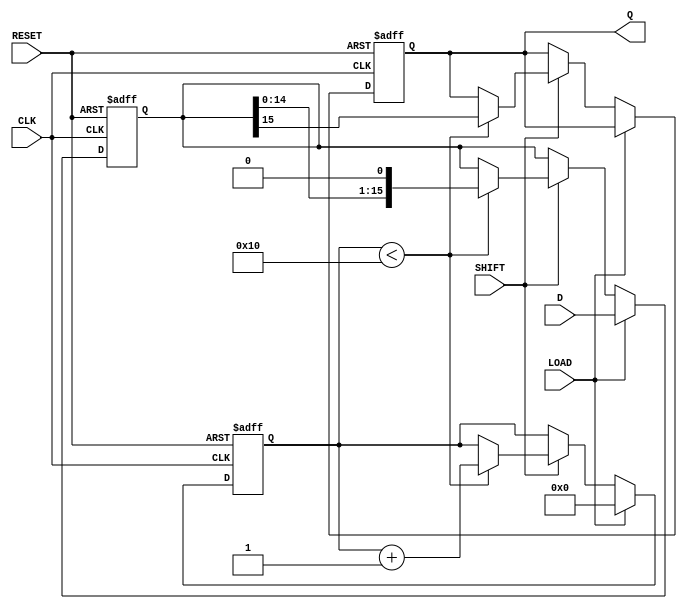
module piso_register (
    input wire [15:0] D,       // 16-bit data input
    input wire LOAD,           // Load control signal
    input wire SHIFT,          // Shift control signal
    input wire CLK,            // Clock signal
    input wire RESET,          // Optional asynchronous reset
    output reg Q               // Serial output
);

    reg [15:0] shift_reg;      // Internal register storage
    reg [4:0] bit_counter;     // 5-bit counter to keep track of shifted bits

    always @(posedge CLK or posedge RESET) begin
        if (RESET) begin
            shift_reg <= 16'b0; // Clear the register on reset
            Q <= 1'b0;          // Reset output
            bit_counter <= 5'b0; // Reset bit counter
        end else begin
            if (LOAD) begin
                shift_reg <= D;  // Load data into the register
                bit_counter <= 5'b0; // Reset bit counter for new load
            end else if (SHIFT) begin
                if (bit_counter < 16) begin
                    Q <= shift_reg[15];               // Output the MSB
                    shift_reg <= {shift_reg[14:0], 1'b0}; // Shift left
                    bit_counter <= bit_counter + 1;  // Increment counter
                end
            end
        end
    end

endmodule